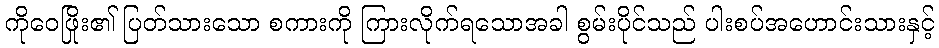
ကိုဝေဖြိုး၏ ပြတ်သားသော စကားကို ကြားလိုက်ရသောအခါ စွမ်းပိုင်သည် ပါးစပ်အဟောင်းသားနှင့်